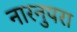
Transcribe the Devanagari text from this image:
नारनुपरा